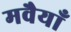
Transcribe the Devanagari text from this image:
मवैयाँ